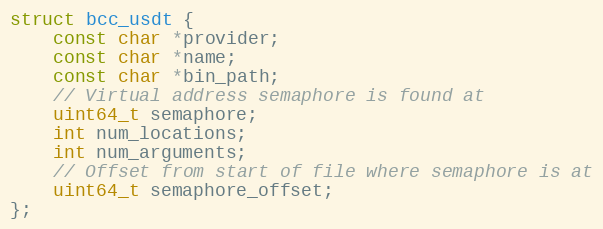
Language: C
struct bcc_usdt {
    const char *provider;
    const char *name;
    const char *bin_path;
    // Virtual address semaphore is found at
    uint64_t semaphore;
    int num_locations;
    int num_arguments;
    // Offset from start of file where semaphore is at
    uint64_t semaphore_offset;
};